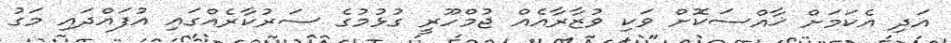
އަދި އެކަމަށް ޚާއްސަކޮށް ވަކި ވުޒާރާއެއް ޖުމްހޫރީ ގުޅުމުގެ ސަރުކާރެއްގައި އުފައްދައި މަގު